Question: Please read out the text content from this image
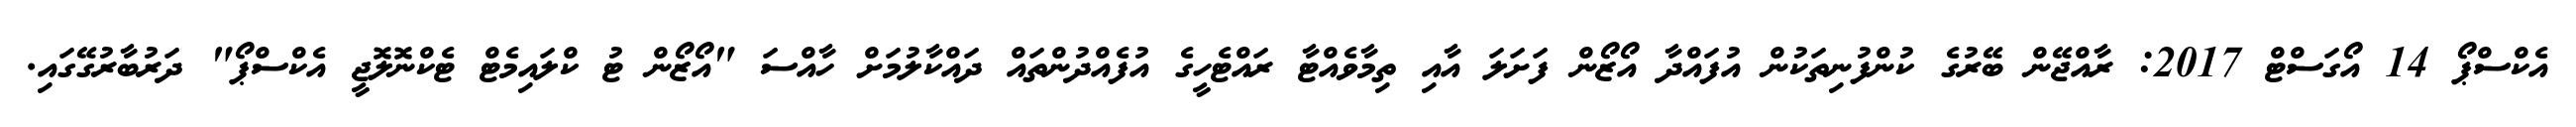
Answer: އެކްސްޕޯ 14 އޯގަސްޓް 2017: ރާއްޖޭން ބޭރުގެ ކުންފުނިތަކުން އުފައްދާ އޯޒޯން ފަށަލަ އާއި ތިމާވެއްޓާ ރައްޓެހީގެ އުފެއްދުންތައް ދައްކާލުމަށް ހާއްސަ "އޯޒޯން ޓު ކްލައިމެޓް ޓެކްނޮލޮޖީ އެކްސްޕޯ" ދަރުބާރުގޭގައި.